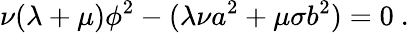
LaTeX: \nu(\lambda+\mu)\phi^{2}-(\lambda\nu a^{2}+\mu\sigma b^{2})=0~.